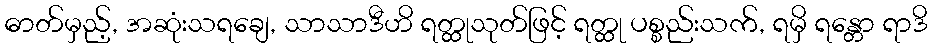
ဓာတ်မှည့်, အဆုံးသရချေ, သာသာဒီဟိ ရတ္ထုသုတ်ဖြင့် ရတ္ထု ပစ္စည်းသက်, ရမှိ ရန္တော ရာဒိ